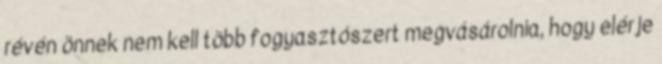
révén önnek nem kell több fogyasztószert megvásárolnia, hogy elérje